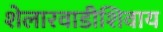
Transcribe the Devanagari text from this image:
शेलारवाडीशिवाय